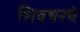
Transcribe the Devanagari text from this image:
शिवथरचे